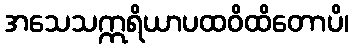
အသေသဣရိယာပထဝိထိတောပိ၊